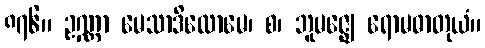
၈၇၆။ ဥဏ္ဏာ မေသာဒိလောမေ၊ စ၊ ဘူမဇ္ဈေ ရောမဓာတုယံ။